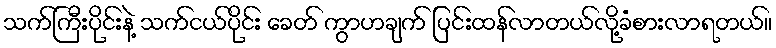
သက်ကြီးပိုင်းနဲ့ သက်ငယ်ပိုင်း ခေတ် ကွာဟချက် ပြင်းထန်လာတယ်လို့ခံစားလာရတယ်။